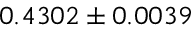
0 . 4 3 0 2 \pm 0 . 0 0 3 9